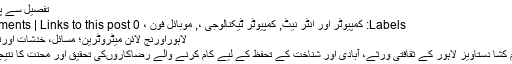
تفصیل سے پڑھئے
Labels: کمپیوٹر اور انٹر نیٹ, کمپیوٹر ٹیکنالوجی ،, موبائل فون ، 0 comments | Links to this post
لاہوراورنج لائن میٹروٹرین؛ مسائل، خدشات اورتجاویز
یہ چشم کشا دستاویز لاہور کے ثقافتی ورثے، آبادی اور شناخت کے تحفظ کے لیے کام کرنے والے رضاکاروںکی تحقیق اور محنت کا نتیجہ ہے۔